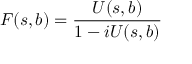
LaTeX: F ( s , b ) = \frac { U ( s , b ) } { 1 - i U ( s , b ) }